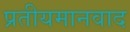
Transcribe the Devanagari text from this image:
प्रतीयमानवाद